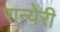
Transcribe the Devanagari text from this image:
रान्येरी